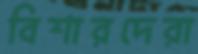
বিশারদেরা